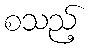
စသည့်